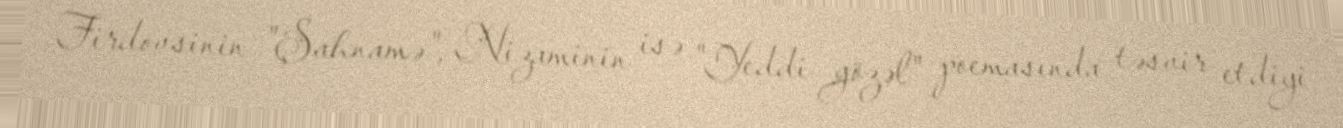
Firdovsinin "Şahnamə", Nizaminin isə "Yeddi gözəl" poemasında təsvir etdiyi